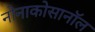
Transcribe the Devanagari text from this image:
नोनाकोसानॉल